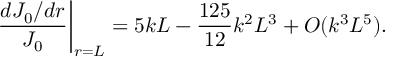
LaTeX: \left. \frac { d J _ { 0 } / d r } { J _ { 0 } } \right| _ { r = L } = 5 k L - \frac { 1 2 5 } { 1 2 } k ^ { 2 } L ^ { 3 } + O ( k ^ { 3 } L ^ { 5 } ) .